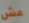
عش